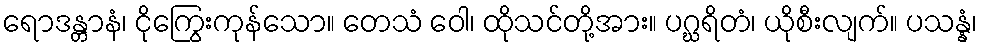
ရောဒန္တာနံ၊ ငိုကြွေးကုန်သော။ တေသံ ဝေါ၊ ထိုသင်တို့အား။ ပဂ္ဃရိတံ၊ ယိုစီးလျက်။ ပသန္နံ၊